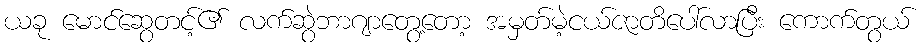
ယခု မောင်ဆွေတင့်၏ လက်ဆွဲဘာဂျာတွေ့တော့ အမှတ်မဲ့ငယ်ဇာတိပေါ်လာပြီး ကောက်တွယ်